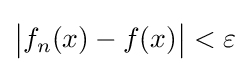
{\bigl |}f_{n}(x)-f(x){\bigr |}<\varepsilon